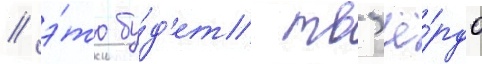
/ э́то бу́д'ет тв'ё́рдо